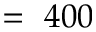
= ~ 4 0 0